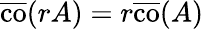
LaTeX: {\overline{{\operatorname{co}}}}(rA)=r{\overline{{\operatorname{co}}}}(A)